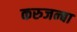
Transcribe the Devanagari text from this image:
करुजन्बा